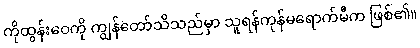
ကိုထွန်းဝေကို ကျွန်တော်သိသည်မှာ သူရန်ကုန်မရောက်မီက ဖြစ်၏။